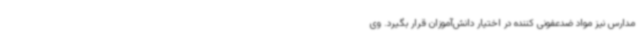
مدارس نیز مواد ضدعفونی کننده در اختیار دانش‌آموزان قرار بگیرد. وی